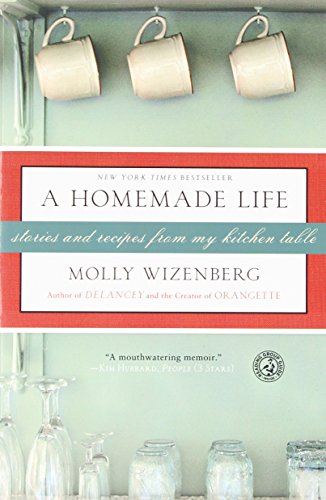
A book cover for A Homemade Life: Stories and Recipes from My Kitchen Table; Molly Wizenberg; Cookbooks, Food & Wine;